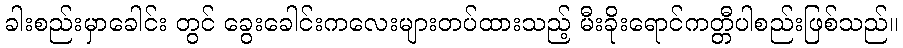
ခါးစည်းမှာခေါင်း တွင် ခွေးခေါင်းကလေးများတပ်ထားသည့် မီးခိုးရောင်ကတ္တီပါစည်းဖြစ်သည်။